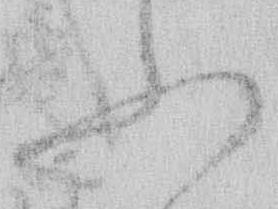
ふ